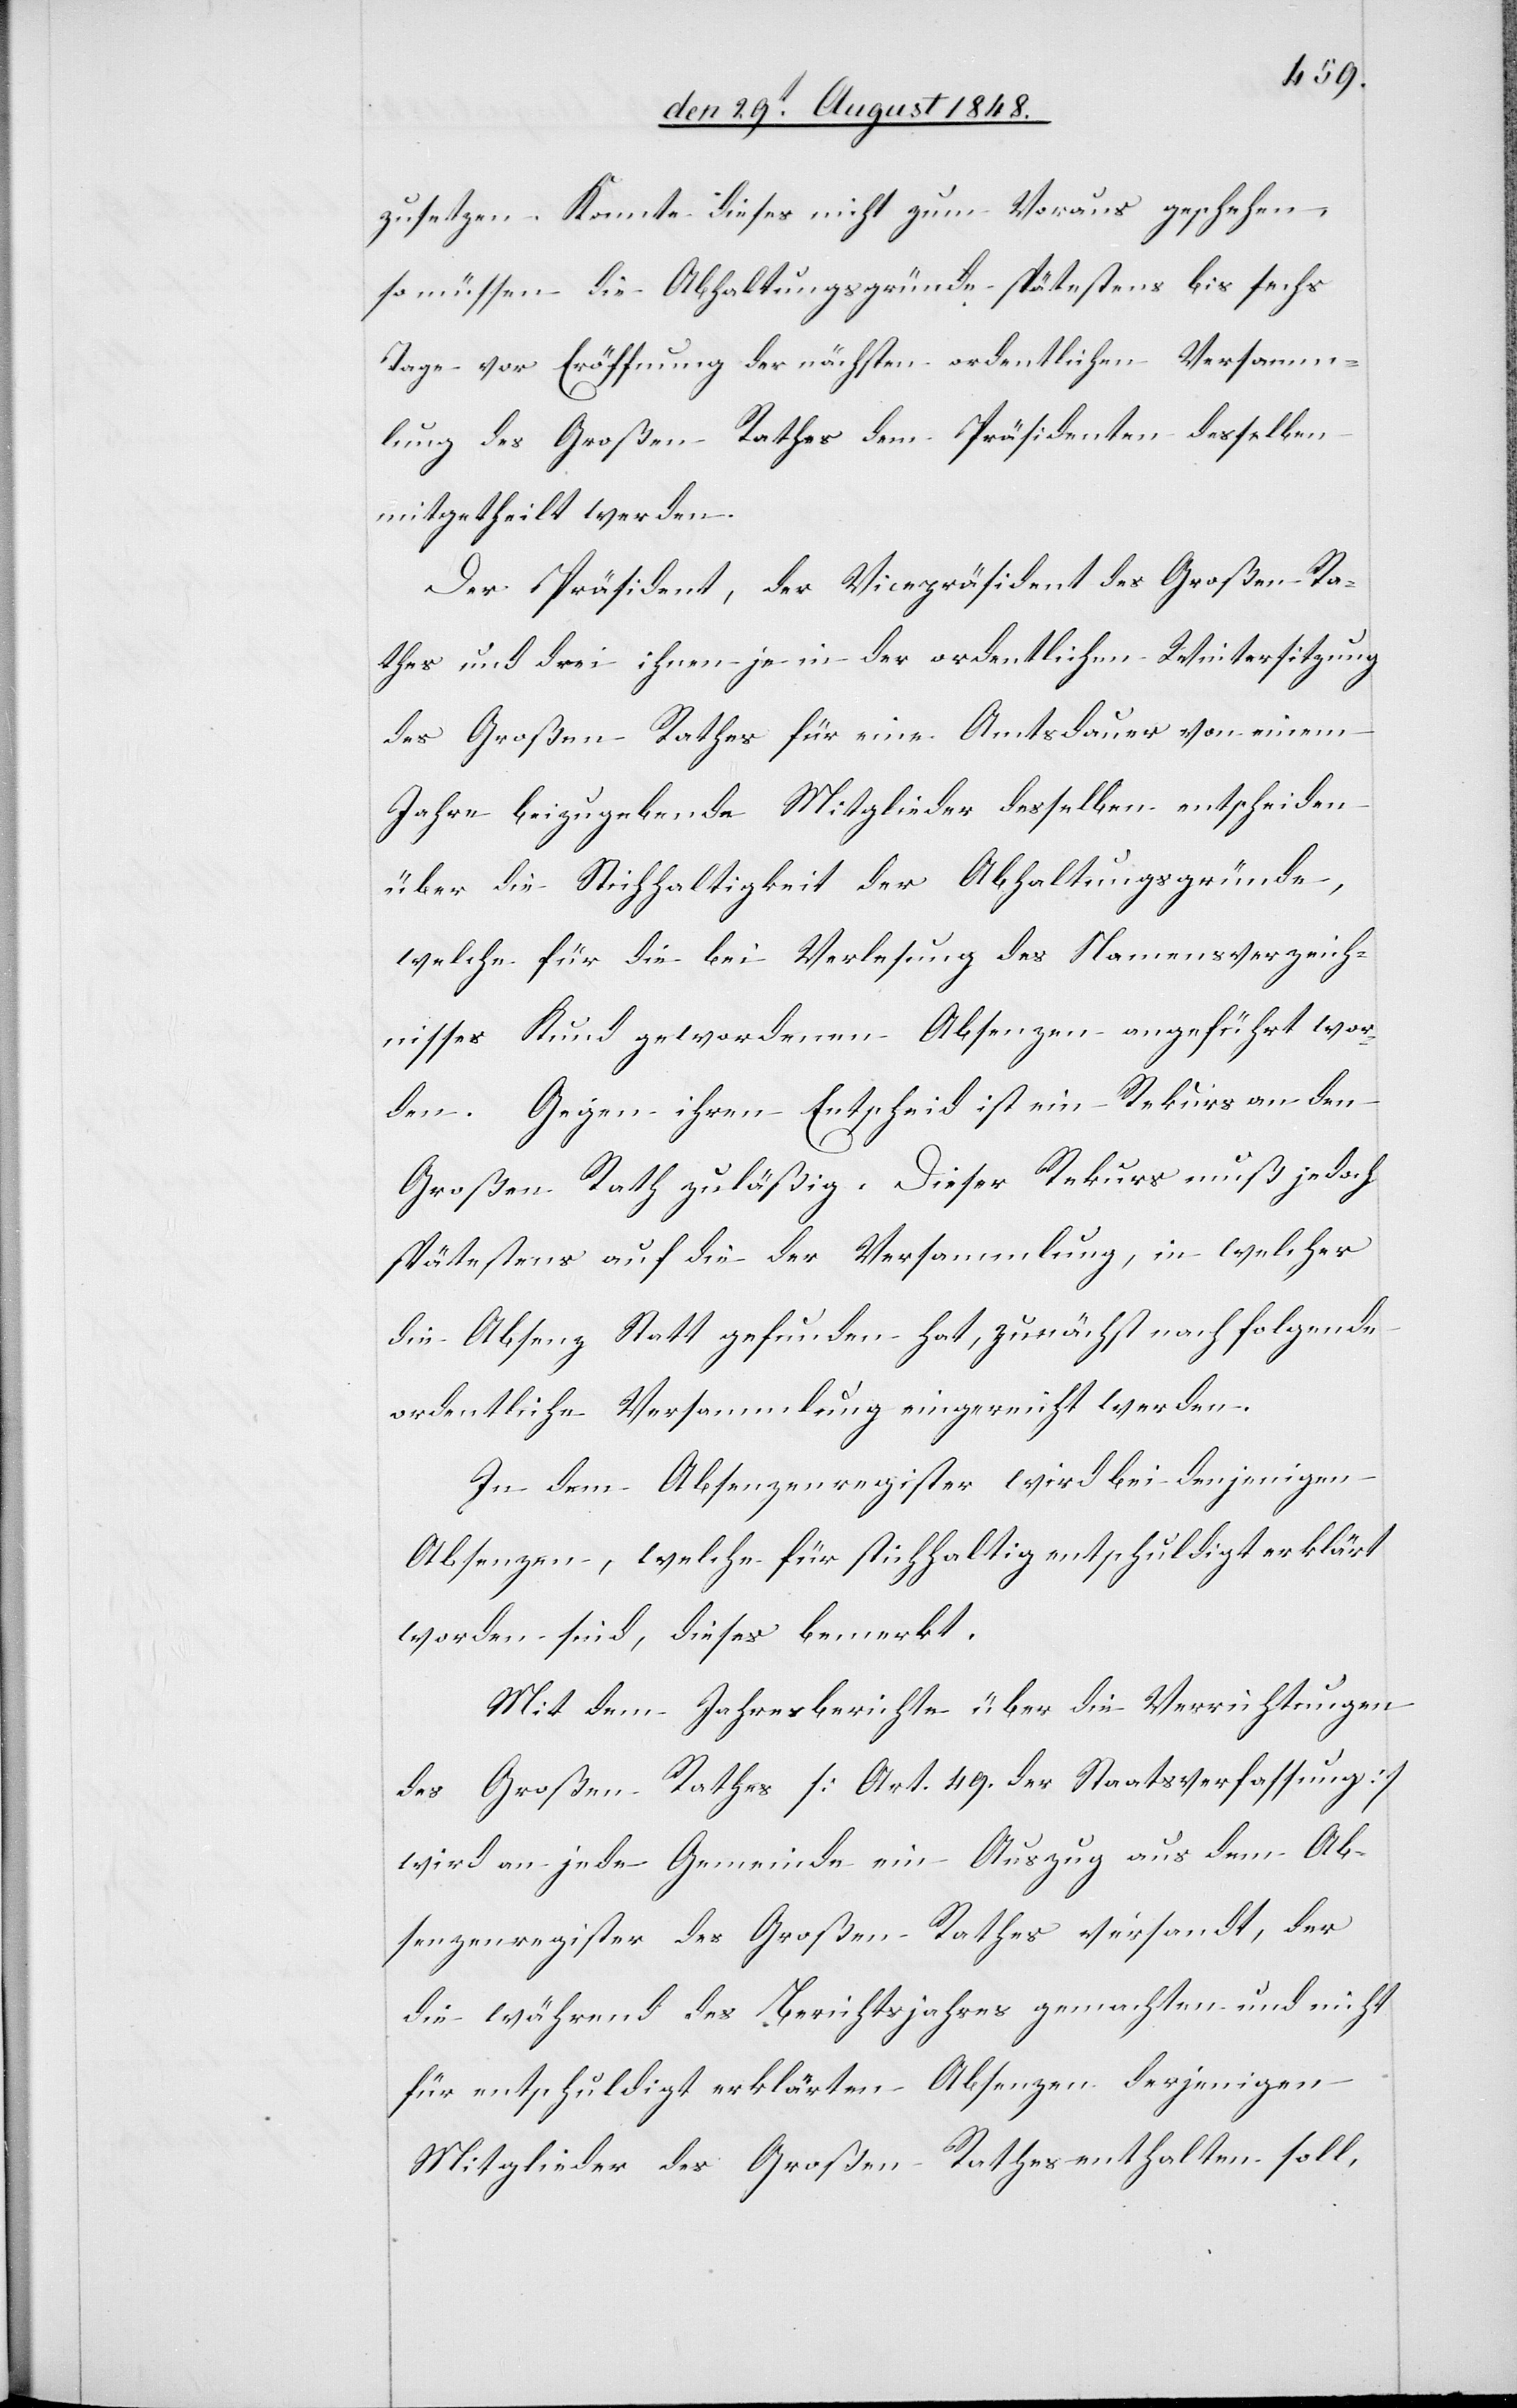
zusetzen. Konnte dieses nicht zum Voraus geschehen,
so müssen die Abhaltungsgründe spätestens bis sechs
Tage vor Eröffnung der nächsten ordentlichen Versamm¬
lung des Großen Rathes dem Präsidenten desselben
mitgetheilt werden.
Der Präsident, der Vicepräsident des Großen Ra¬
thes und drei ihnen je in der ordentlichen Wintersitzung
des Großen Rathes für eine Amtsdauer von einem
Jahre beizugebende Mitglieder desselben entscheiden
über die Stichhaltigkeit der Abhaltungsgründe,
welche für die bei Verlesung des Namensverzeich¬
nisses Kund gewordenen Absenzen angeführt wor¬
den. Gegen ihren Entscheid ist ein Rekurs an den
Großen Rath zuläßig. Dieser Rekurs muß jedoch
spätestens auf die der Versammlung, in welcher
die Absenz Statt gefunden hat, zunächst nachfolgende
ordentliche Versammlung eingereicht werden.
In dem Absenzenregister wird bei denjenigen
Absenzen, welche für sichthaltig entschuldigt erklärt
worden sind, dieses bemerkt.
Mit dem Jahresberichte über die Verrichtungen
des Großen Rathes [Art. 49. der Staatsverfassung]
wird an jede Gemeinde ein Auszug aus dem Ab¬
senzenregister des Großen Rathes versandt, der
die während des Berichtsjahres gemachten und nicht
für entschuldigt erklärten Absenzen derjenigen
Mitglieder des Großen Rathes enthalten soll,